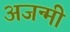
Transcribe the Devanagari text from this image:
अजन्मी